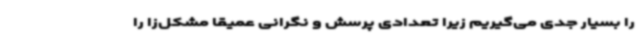
را بسیار جدی می‌گیریم زیرا تعدادی پرسش و نگرانی عمیقاً مشکل‌زا را